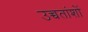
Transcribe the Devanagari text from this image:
उच्चतांशों